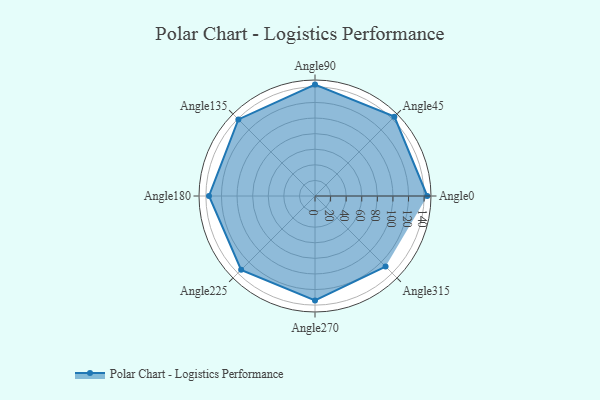
{"axis": {"x": "Angle", "y": "Radius"}, "legend": [""], "data": [{"x": "Angle0", "y": 144.0, "type": ""}, {"x": "Angle45", "y": 144.0, "type": ""}, {"x": "Angle90", "y": 143.0, "type": ""}, {"x": "Angle135", "y": 139.0, "type": ""}, {"x": "Angle180", "y": 136.0, "type": ""}, {"x": "Angle225", "y": 134.0, "type": ""}, {"x": "Angle270", "y": 134.0, "type": ""}, {"x": "Angle315", "y": 128.0, "type": ""}]}